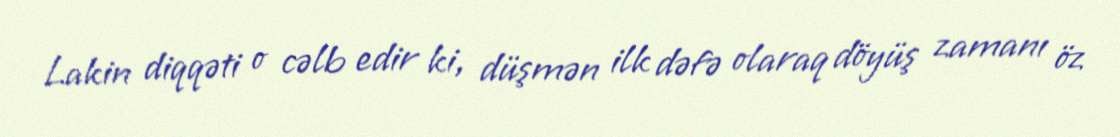
Lakin diqqəti o cəlb edir ki, düşmən ilk dəfə olaraq döyüş zamanı öz